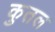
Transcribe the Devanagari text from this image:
कुतल